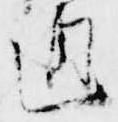
通